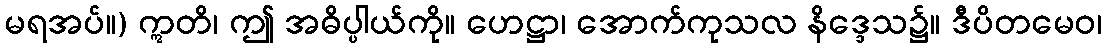
မရအပ်။) ဣတိ၊ ဤ အဓိပ္ပါယ်ကို။ ဟေဋ္ဌာ၊ အောက်ကုသလ နိဒ္ဒေသ၌။ ဒီပိတမေဝ၊